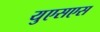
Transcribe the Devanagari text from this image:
युएसएस